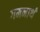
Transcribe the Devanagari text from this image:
गमनार्थ